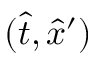
( \hat { t } , \hat { x } ^ { \prime } )